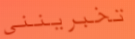
تخبرينني